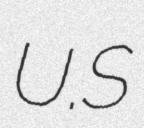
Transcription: U.S